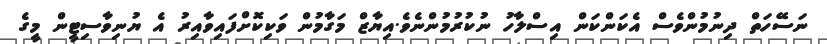
ނަސޭހަތް ދިނުމުންވެސް އެކަންކަން އިސްލާހު ނުކުރުމުންނެވެ.އިޔާޒް މަގާމުން ވަކިކޮށްފައިވާއިރު އެ ޔުނިވާސިޓީން މީގެ